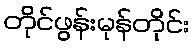
တိုင်ဖွန်းမုန်တိုင်း